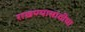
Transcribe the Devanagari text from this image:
राखण्यासाठीचा